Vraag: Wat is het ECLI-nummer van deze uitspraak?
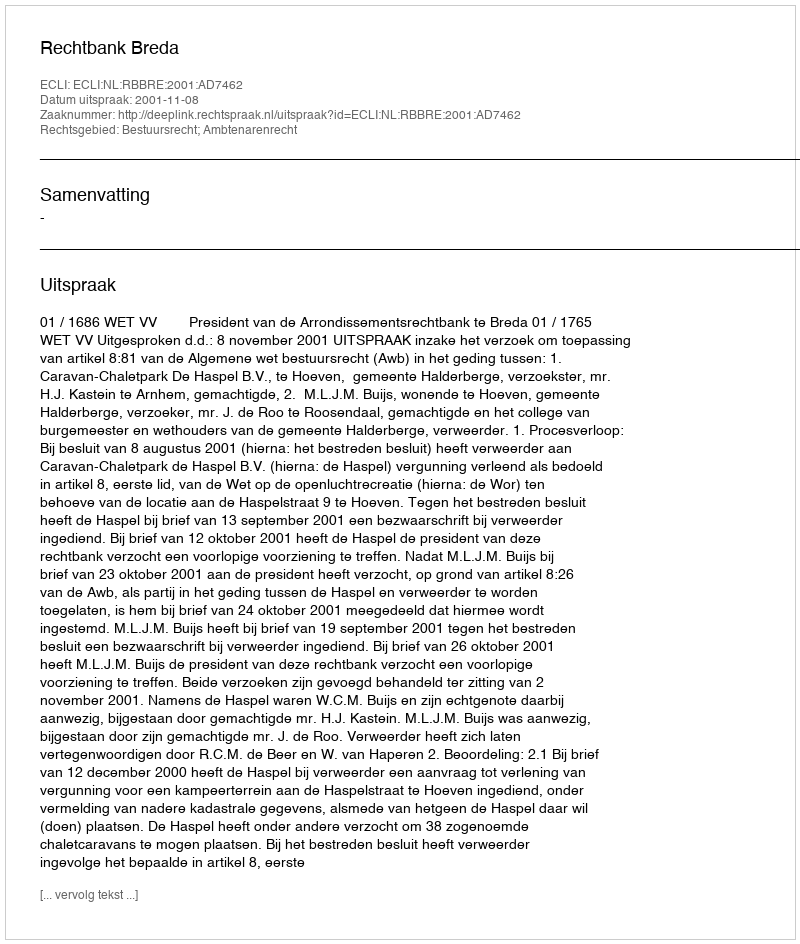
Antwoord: ECLI:NL:RBBRE:2001:AD7462